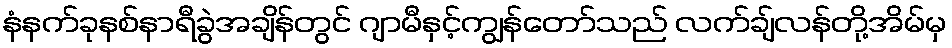
နံနက်ခုနစ်နာရီခွဲအချိန်တွင် ဂျာမီနှင့်ကျွန်တော်သည် လက်ချ်လန်တို့အိမ်မှ